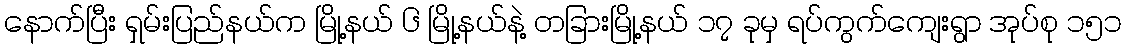
နောက်ပြီး ရှမ်းပြည်နယ်က မြို့နယ် ၆ မြို့နယ်နဲ့ တခြားမြို့နယ် ၁၇ ခုမှ ရပ်ကွက်ကျေးရွာ အုပ်စု ၁၅၁